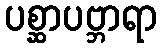
ပစ္ဆာပဗ္ဘာရာ